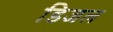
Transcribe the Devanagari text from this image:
डिजल